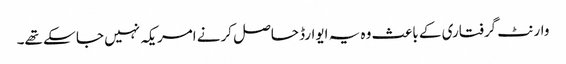
وارنٹ گرفتاری کے باعث وہ یہ ایوارڈ حاصل کرنے امریکہ نہیں جا سکے تھے۔